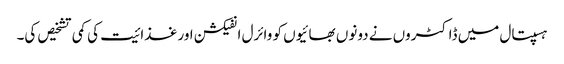
ہسپتال میں ڈاکٹروں نے دونوں بھائیوں کو وائرل انفیکشن اور غذا ئیت کی کمی تشخیص کی۔